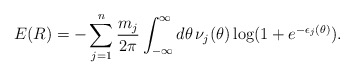
\begin{align*}E(R)=-\sum_{j=1}^n \frac{m_j}{2\pi}\int_{-\infty}^\infty d\theta\,\nu_j(\theta)\log(1+e^{-\epsilon_j(\theta)}).\end{align*}